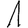
Digit: 1